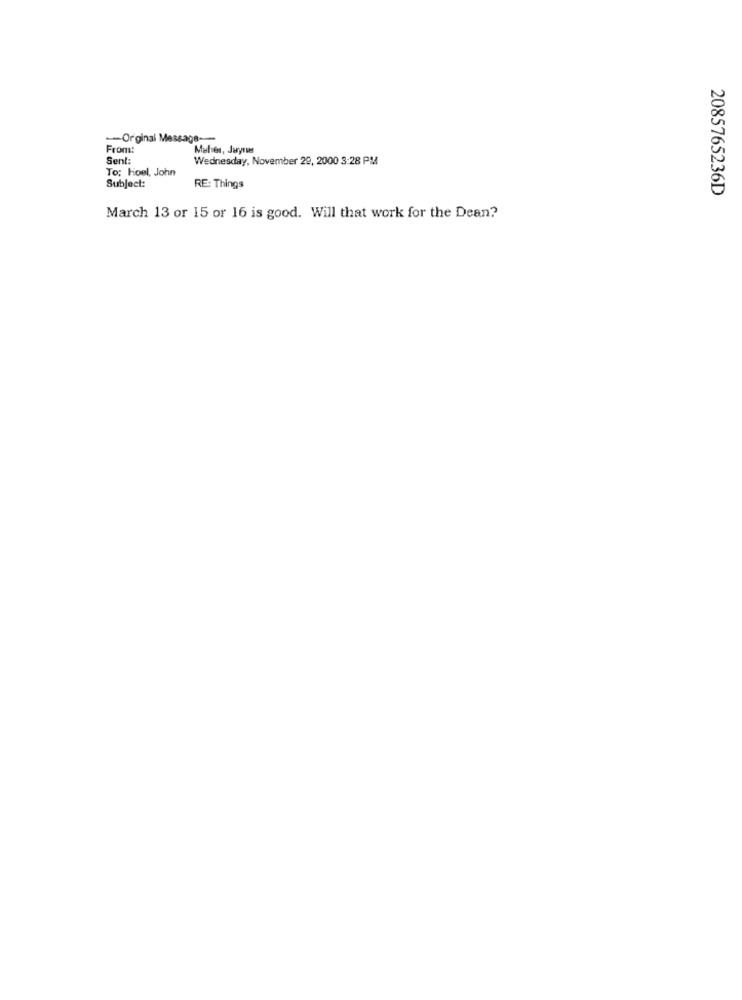
-Original Message-
From:
Mulier, Jaynie
Sent:
Wednesday, November 29, 2000 3:28 PM
To: Hoel, John
Subject:
RE: Things
2085765236D
March 13 or 15 or 16 is good. Will that work for the Dean?